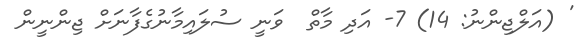
' (އަލްޖިންނު: 14) 7- އަދި މާތް  ވަނީ ސުލައިމާނުގެފާނަށް ޖިންނީން